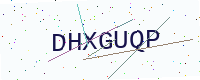
Text: DHXGUQP